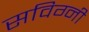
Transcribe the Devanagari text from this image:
सविग्नी